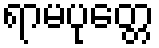
ရာမပုတ္တေ